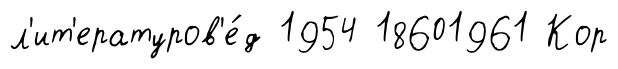
л'ит'ературов'е́д 1954 18601961 Кор